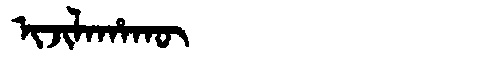
Manchu: ᡳᠵᡳᠯᠠᡥᠠᡴᡡ
Romanization: IJILAHAKŪ